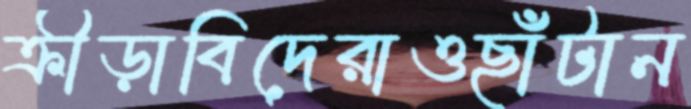
ক্রীড়াবিদেরাওছাঁটান